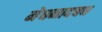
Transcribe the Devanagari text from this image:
मेघनादबध